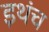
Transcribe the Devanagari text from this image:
इथंच